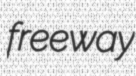
freeway